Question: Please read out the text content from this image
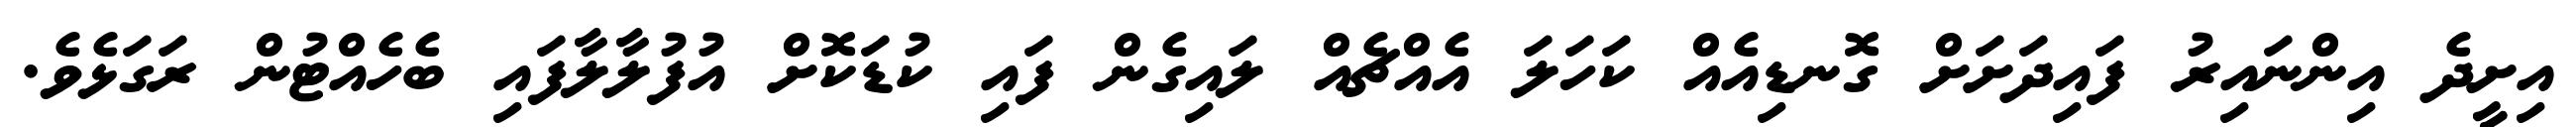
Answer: އިށީދެ އިންނައިރު ފައިދަށަށް ގޮނޑިއެއް ކަހަލަ އެއްޗެއް ލައިގެން ފައި ކުޑަކޮށް އުފުލާލާފައި ބެހެއްޓުން ރަގަޅެވެ.